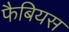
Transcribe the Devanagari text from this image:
फैबियस